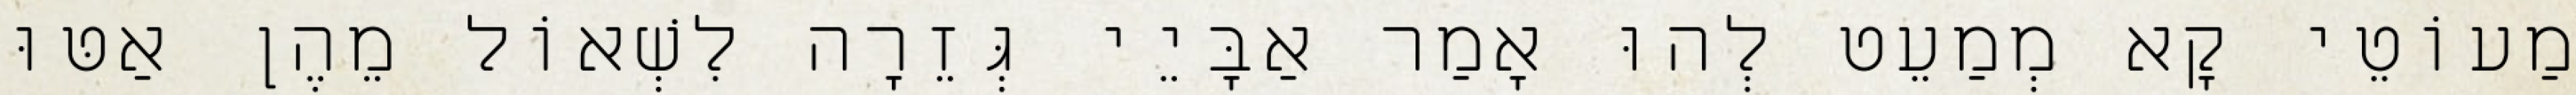
מַעוֹטֵי קָא מְמַעֵט לְהוּ אָמַר אַבָּיֵי גְּזֵרָה לִשְׁאוֹל מֵהֶן אַטּוּ